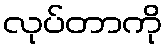
လုပ်တာကို